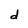
Character: d